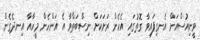
ވީނިއުސްއަށް އެނގިފައިވާ ގޮތުގައި އެހެން ރަށަކަށް ނިސްބަތްވާ އެ އަންހެން މީހާއާ އިނދެގެން